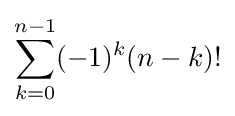
\sum _{k=0}^{n-1}(-1)^{k}(n-k)!